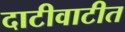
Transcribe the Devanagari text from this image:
दाटीवाटीत